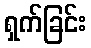
ရှက်ခြင်း